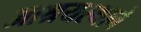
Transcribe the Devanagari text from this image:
आश्रयस्थाने